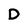
Character: D